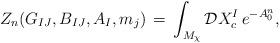
LaTeX: \begin{align*}Z_n(G_{IJ},B_{IJ},A_I,m_j)\,=\, \int_{M_{\chi}} {\cal D}X^I_{c}\,e^{-A^n_{0}},\end{align*}